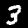
Digit: 3